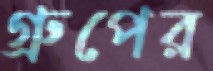
গ্রুপের